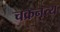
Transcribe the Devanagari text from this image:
चक्रनृत्य